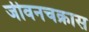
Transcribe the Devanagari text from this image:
जीवनचक्रास